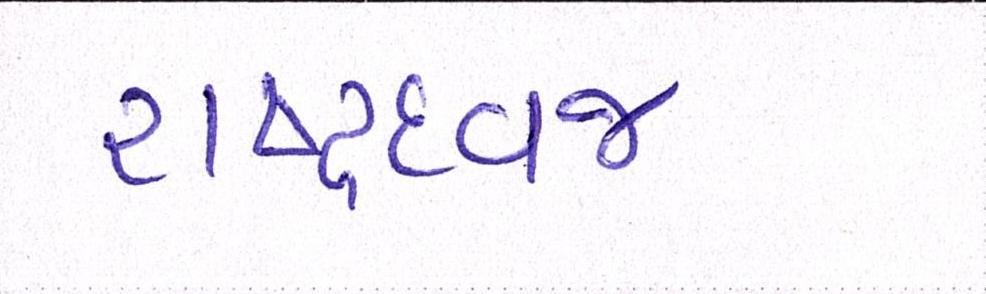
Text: રાષ્ટ્રધ્વજ